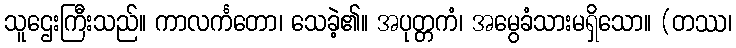
သူဌေးကြီးသည်။ ကာလင်္ကတော၊ သေခဲ့၏။ အပုတ္တကံ၊ အမွေခံသားမရှိသော။ (တဿ၊